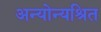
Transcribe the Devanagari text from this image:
अन्योन्यश्रित